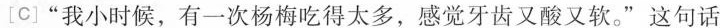
[c]”我小时候，有一次杨梅吃得太多，感觉牙齿又酸又软。”这句话